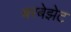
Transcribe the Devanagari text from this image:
बरबेझेट